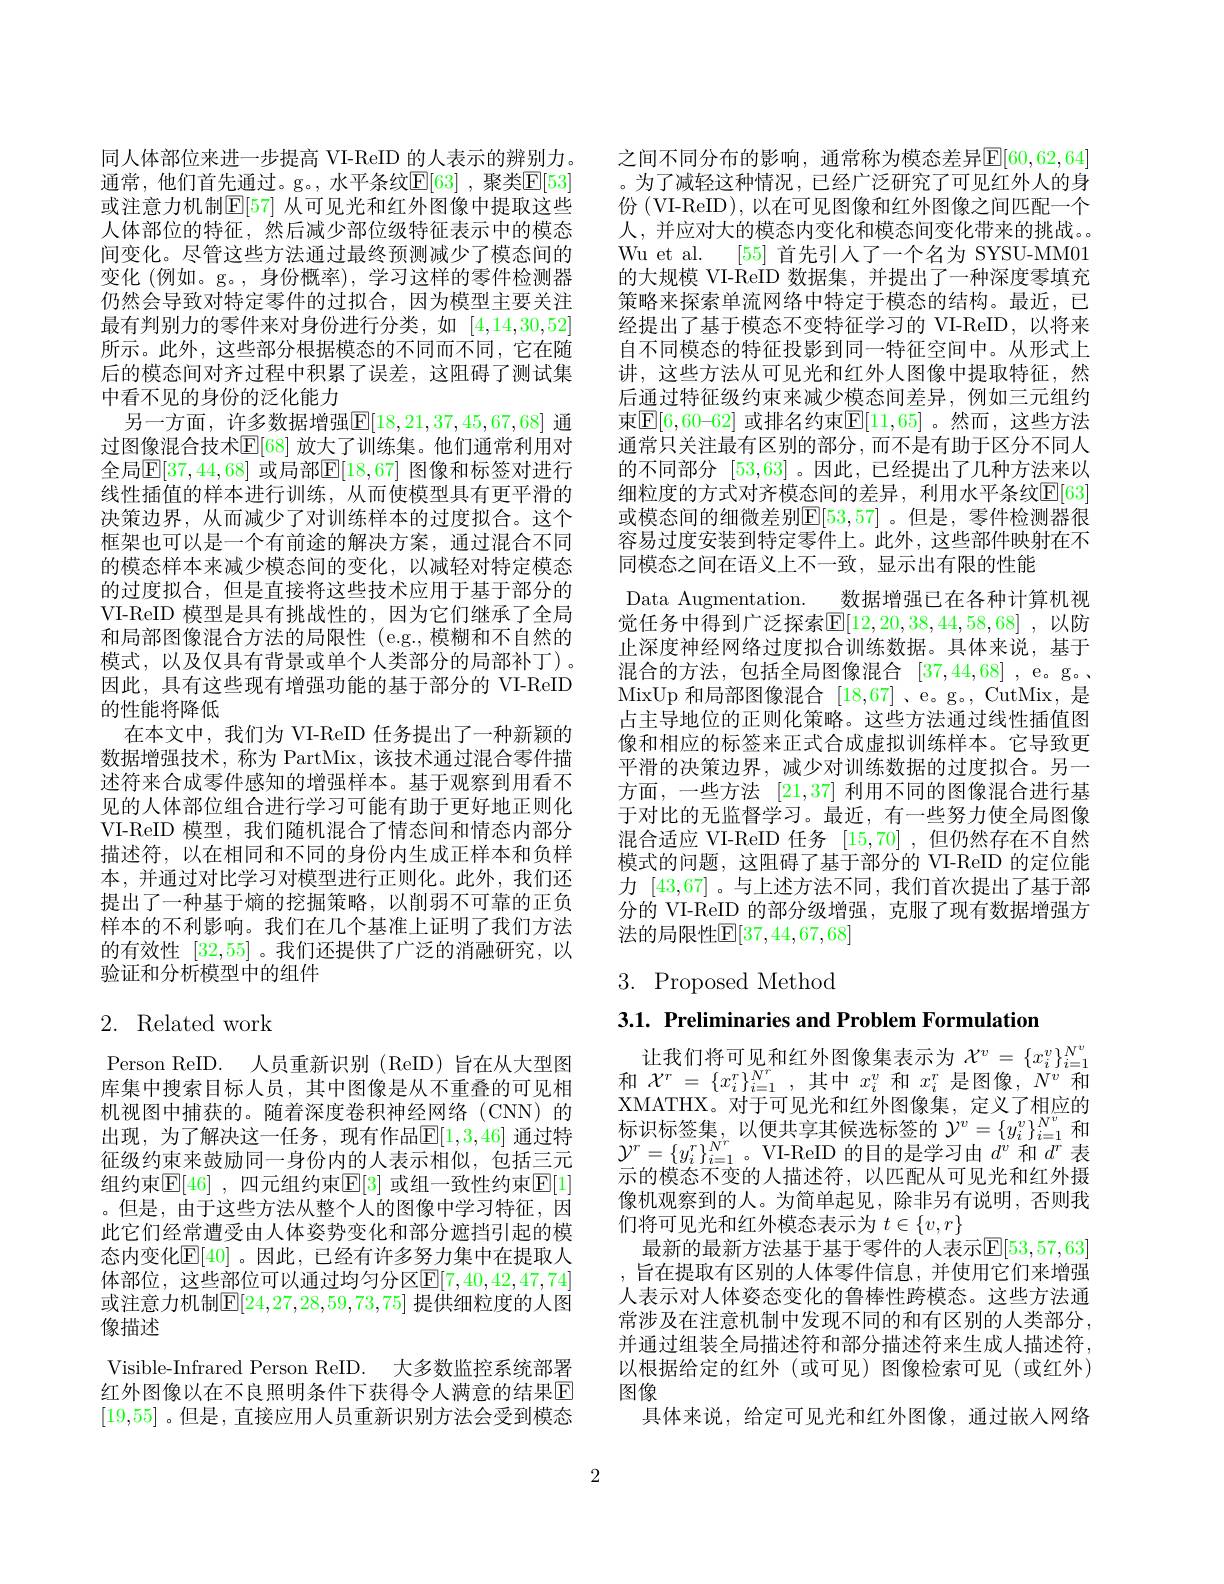
同人体部位来进一步提高 VI-ReID 的人表示的辨别力。通常，他们首先通过。g。,水平条纹$\mathbb{E}[63]$ ,聚类$\mathbb{E}[53]$ 或注意力机制$\mathbb{E}[57]$ 从可见光和红外图像中提取这些人体部位的特征，然后减少部位级特征表示中的模态间变化。尽管这些方法通过最终预测减少了模态间的变化 (例如。g。,身份概率), 学习这样的零件检测器仍然会导致对特定零件的过拟合，因为模型主要关注最有判别力的零件来对身份进行分类，如[4,14,30,52] 所示。此外，这些部分根据模态的不同而不同，它在随后的模态间对齐过程中积累了误差，这阻碍了测试集中看不见的身份的泛化能力
另一方面，许多数据增强$\mathbb{E}[18,21,37,45,67,68]$ 通过图像混合技术$\mathbb{E}[68]$ 放大了训练集。他们通常利用对全局$\overline{\mathbb{E}}[37,44,68]$ 或局部$\overline{\mathbb{E}}[18,67]$ 图像和标签对进行线性插值的样本进行训练，从而使模型具有更平滑的决策边界，从而减少了对训练样本的过度拟合。这个框架也可以是一个有前途的解决方案，通过混合不同的模态样本来减少模态间的变化，以减轻对特定模态的过度拟合，但是直接将这些技术应用于基于部分的VI-ReID 模型是具有挑战性的，因为它们继承了全局和局部图像混合方法的局限性 (e.g.,模糊和不自然的模式，以及仅具有背景或单个人类部分的局部补丁)。因此，具有这些现有增强功能的基于部分的 VI-ReID 的性能将降低
在本文中，我们为 VI-ReID 任务提出了一种新颖的数据增强技术，称为 PartMix,该技术通过混合零件描述符来合成零件感知的增强样本。基于观察到用看不见的人体部位组合进行学习可能有助于更好地正则化VI-ReID 模型，我们随机混合了情态间和情态内部分描述符，以在相同和不同的身份内生成正样本和负样本，并通过对比学习对模型进行正则化。此外，我们还提出了一种基于熵的挖掘策略，以削弱不可靠的正负样本的不利影响。我们在几个基准上证明了我们方法的有效性[32,55] 。我们还提供了广泛的消融研究，以验证和分析模型中的组件

## 2. Related work

Person ReID. 人员重新识别 (ReID) 旨在从大型图库集中搜索目标人员，其中图像是从不重叠的可见相机视图中捕获的。随着深度卷积神经网络(CNN)的出现，为了解决这一任务，现有作品$\mathbb{E}[1,3,46]$ 通过特征级约束来鼓励同一身份内的人表示相似，包括三元组约束$\mathbb{E}[46]$ ,四元组约束$\mathbb{E}[3]$ 或组一致性约束$\mathbb{E}[1]$ 。但是，由于这些方法从整个人的图像中学习特征，因此它们经常遭受由人体姿势变化和部分遮挡引起的模态内变化$\mathbb{E}[40]$ 。因此，已经有许多努力集中在提取人体部位，这些部位可以通过均匀分区$\mathbb{E}[7,40,42,47,74]$ 或注意力机制$\mathbb{E}[24,27,28,59,73,75]$ 提供细粒度的人图像描述
Visible-Infrared Person ReID. 大多数监控系统部署红外图像以在不良照明条件下获得令人满意的结果E [19,55] 。但是 , 直接应用人员重新识别方法会受到模态

之间不同分布的影响，通常称为模态差异$\mathbb{E}[60,62,64]$ 。为了减轻这种情况，已经广泛研究了可见红外人的身份 (VI-ReID), 以在可见图像和红外图像之间匹配一个人，并应对大的模态内变化和模态间变化带来的挑战。。Wu et al. [55] 首先引人了一个名为 SYSU-MM01的大规模 VI-ReID 数据集，并提出了一种深度零填充策略来探索单流网络中特定于模态的结构。最近，已经提出了基于模态不变特征学习的 VI-ReID,以将来自不同模态的特征投影到同一特征空间中。从形式上讲，这些方法从可见光和红外人图像中提取特征，然后通过特征级约束来减少模态间差异，例如三元组约束$\boxed{\mathbb{E}}[6,60–62]$ 或排名约束$\boxed{\mathbb{E}}[11,65]$ 。然而 ,这些方法通常只关注最有区别的部分，而不是有助于区分不同人的不同部分[53,63] 。因此，已经提出了几种方法来以细粒度的方式对齐模态间的差异，利用水平条纹$\mathbb{E}[63]$ 或模态间的细微差别$\mathbb{E}[53,57]$。但是，零件检测器很容易过度安装到特定零件上。此外，这些部件映射在不同模态之间在语义上不一致，显示出有限的性能
Data Augmentation.\_数据增强已在各种计算机视觉任务中得到广泛探索E[12,20,38,44,58,68] ,以防止深度神经网络过度拟合训练数据。具体来说，基于混合的方法，包括全局图像混合[37,44,68] ,e。g。MixUp 和局部图像混合[18,67] 、e。g。, CutMix, 是占主导地位的正则化策略。这些方法通过线性插值图像和相应的标签来正式合成虚拟训练样本。它导致更平滑的决策边界，减少对训练数据的过度拟合。另一方面，一些方法[21,37]利用不同的图像混合进行基于对比的无监督学习。最近，有一些努力使全局图像混合适应 VI-ReID 任务 [15,70] ,但仍然存在不自然模式的问题，这阻碍了基于部分的 VI-ReID 的定位能力[43,67] 。与上述方法不同，我们首次提出了基于部分的 VI-ReID 的部分级增强，克服了现有数据增强方法的局限性$\mathbb{E}[37,44,67,68]$

# 3. Proposed Method

3.1. Preliminaries and Problem Formulation

让我们将可见和红外图像集表示为$X^v=\{x_i^v\}_{i=1}^{N^v}$ 和$\mathcal{X}^r=\{x_i^r\}_{i=1}^{N^r}$,其中$x_i^v$和$x_i^r$是图像，$N^v$和XMATHX。对于可见光和红外图像集，定义了相应的标识标签集，以便共享其候选标签的$\mathcal{Y}^v=\{y_i^v\}_{i=1}^{N^v}$和$\mathcal{Y}^r=\{y_i^r\}_{i=1}^{N^r}$。VI-ReID 的目的是学习由$d^v$和$d^r$表示的模态不变的人描述符，以匹配从可见光和红外摄像机观察到的人。为简单起见，除非另有说明，否则我们将可见光和红外模态表示为$t\in\{v,r\}$
最新的最新方法基于基于零件的人表示$\mathbb{E}[53,57,63]$ ,旨在提取有区别的人体零件信息，并使用它们来增强人表示对人体姿态变化的鲁棒性跨模态。这些方法通常涉及在注意机制中发现不同的和有区别的人类部分， 并通过组装全局描述符和部分描述符来生成人描述符， 以根据给定的红外(或可见)图像检索可见(或红外) 图像
具体来说，给定可见光和红外图像，通过嵌入网络

2